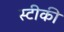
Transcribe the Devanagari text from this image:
स्टीकी